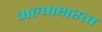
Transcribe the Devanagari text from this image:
अल्पाक्षरत्व